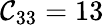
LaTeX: \mathcal{C}_{33}=13